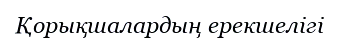
Қорықшалардың ерекшелігі